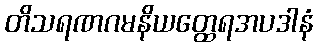
တိသရဏဂမနိယတ္ထေရအပဒါနံ